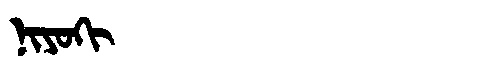
Manchu: ᠨᡳᠶᠣᡴᡳ
Romanization: NIYOKI